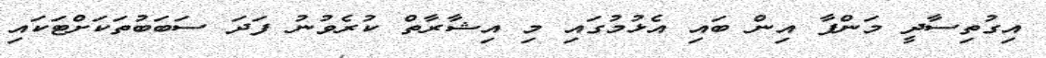
އިގުތިސާދީ މަންފާ އިން ބައި އެޅުމުގައި މި އިޝާރާތް ކުރެވުނު ފަދަ ސަބަބުތަކަށްޓަކައި